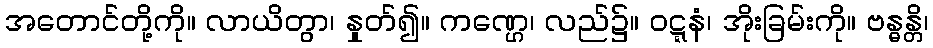
အတောင်တို့ကို။ လာယိတွာ၊ နှုတ်၍။ ကဏ္ဌေ၊ လည်၌။ ဝဋ္ဋနံ၊ အိုးခြမ်းကို။ ဗန္ဓန္တိ၊